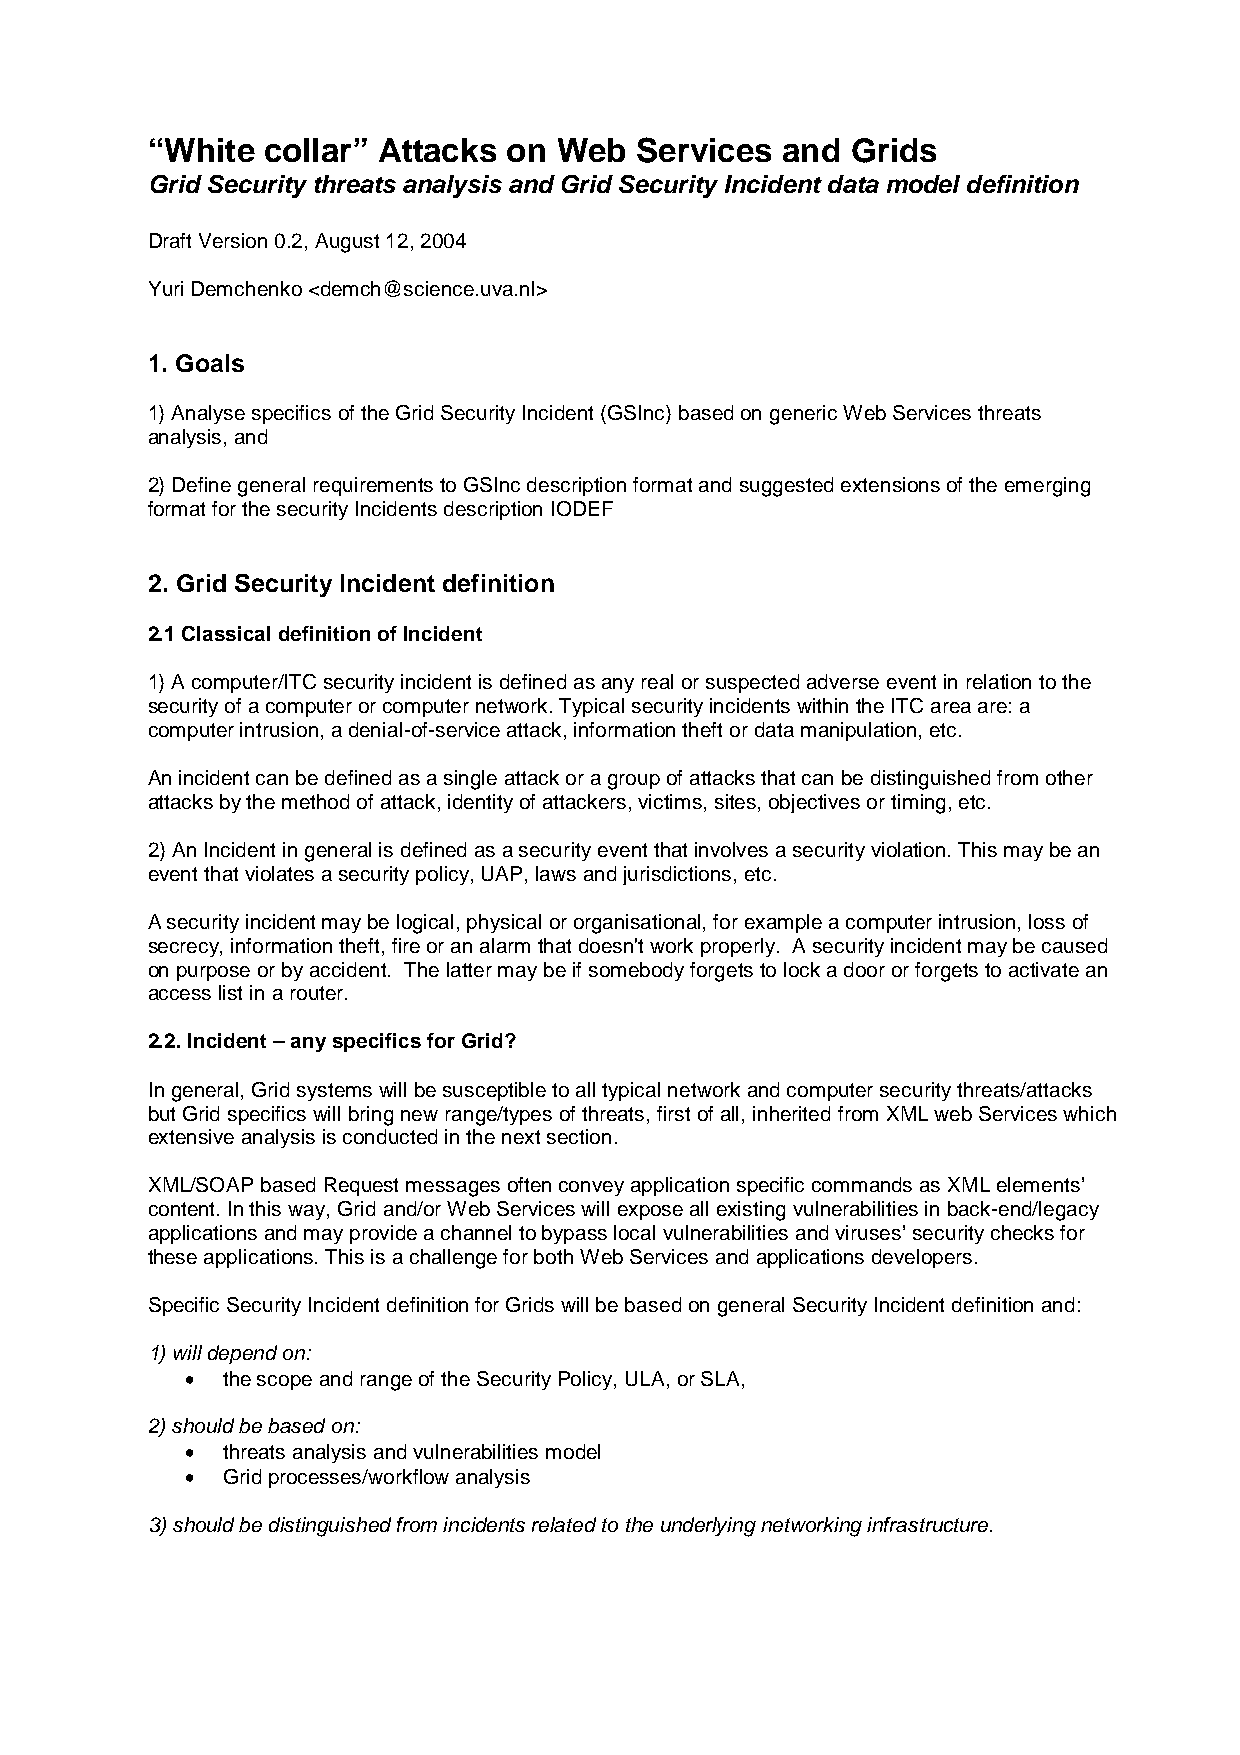
“White collar” Attacks  on Web  Services  and Grids
 Grid Security threats analysis and Grid Security Incident data model definition
 Draft Version 0.2, August 12, 2004
 Yuri Demchenko <demch@science.uva.nl>
 1. Goals
 1) Analyse specifics of the Grid Security Incident (GSInc) based on generic Web Services threats
 analysis, and
 2) Define general requirements to GSInc description format and suggested extensions of the emerging
 format for the security Incidents description IODEF
 2. Grid Security Incident definition
 2.1 Classical definition of Incident
 1) A computer/ITC security incident is defined as any real or suspected adverse event in relation to the
 security of a computer or computer network. Typical security incidents within the ITC area are: a
 computer intrusion, a denial-of-service attack, information theft or data manipulation, etc.
 An incident can be defined as a single attack or a group of attacks that can be distinguished from other
 attacks by the method of attack, identity of attackers, victims, sites, objectives or timing, etc.
 2) An Incident in general is defined as a security event that involves a security violation. This may be an
 event that violates a security policy, UAP, laws and jurisdictions, etc.
 A security incident may be logical, physical or organisational, for example a computer intrusion, loss of
 secrecy, information theft, fire or an alarm that doesn't work properly. A security incident may be caused
 on purpose or by accident. The latter may be if somebody forgets to lock a door or forgets to activate an
 access list in a router.
 2.2. Incident – any specifics for Grid?
 In general, Grid systems will be susceptible to all typical network and computer security threats/attacks
 but Grid specifics will bring new range/types of threats, first of all, inherited from XML web Services which
 extensive analysis is conducted in the next section.
 XML/SOAP based Request messages often convey application specific commands as XML elements’
 content. In this way, Grid and/or Web Services will expose all existing vulnerabilities in back-end/legacy
 applications and may provide a channel to bypass local vulnerabilities and viruses’ security checks for
 these applications. This is a challenge for both Web Services and applications developers.
 Specific Security Incident definition for Grids will be based on general Security Incident definition and:
 1) will depend on:
 •  the scope and range of the Security Policy, ULA, or SLA,
 2) should be based on:
 •  threats analysis and vulnerabilities model
 •  Grid processes/workflow analysis
 3) should be distinguished from incidents related to the underlying networking infrastructure.